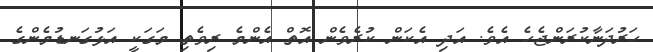
ހަރުދަނާކުރަންޖެހެ އެވެ. އަދި އެކަން ކުރެވެން އޮތް އެންމެ ރިވެތި މަގަކީ އަޅުގަނޑުމެންގެ